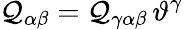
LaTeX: \mathcal{Q}_{\alpha\beta}=\mathcal{Q}_{\gamma\alpha\beta}\, \vartheta^{\gamma}